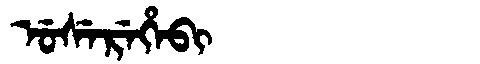
Manchu: ᡠᠰᡝᡵᡝᡥᡝᠪᡳ
Romanization: USEREHEBI